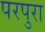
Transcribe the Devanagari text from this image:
परपुरा